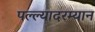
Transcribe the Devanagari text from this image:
पल्ल्यादरम्यान